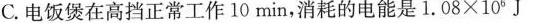
C.电饭煲在高挡正常工作10min，消耗的电能是1.08×10^ { 6 }J